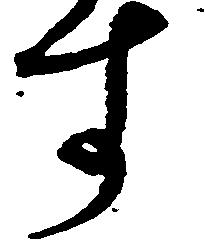
す